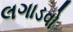
લગાડવો